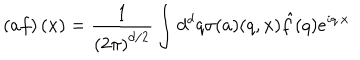
\left( a f \right) ( x ) = \frac { 1 } { \left( 2 \pi \right) ^ { d / 2 } } \int d ^ { d } q \sigma ( a ) ( q , x ) \hat { f } ( q ) e ^ { i q \cdot x }